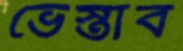
ভেস্তাব